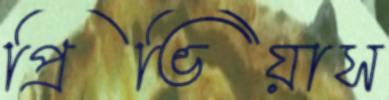
প্রিভিয়াস